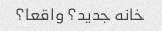
خانه جدید؟ واقعا؟